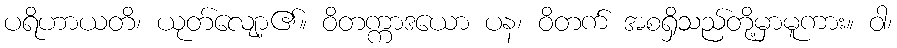
ပရိဟာယတိ၊ ယုတ်လျော့၏။ ဝိတက္ကာဒယော ပန၊ ဝိတက် အစရှိသည်တို့မှာမူကား။ ဝါ၊